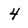
Character: 4